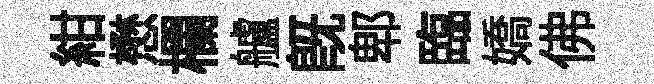
紺懋欄艫旣郫臨嬌佛